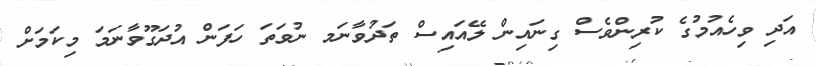
އަދި ވިހެއުމުގެ ކުރިންވެސް ގިނައިން ލޭއައިސް ތަދުވާނަމ ނުވަތަ ހަފަން އުދަގޫވާނަމަ މިކަމަށް